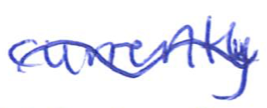
Text: currently
Cross-out: wave
Writing tool: ballpoint